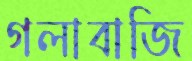
গলাবাজি